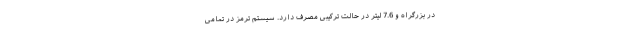
در بزرگراه و 7.6 لیتر در حالت ترکیبی مصرف دارد. سیستم ترمز در تمامی